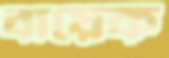
বায়েক